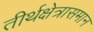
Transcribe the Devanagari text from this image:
तीर्थक्षेत्रासमान